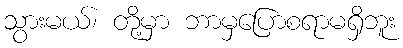
သွားမယ်၊ တို့မှာ ဘာမှပြောစရာမရှိဘူး